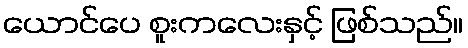
ယောင်ပေ စူးကလေးနှင့် ဖြစ်သည်။